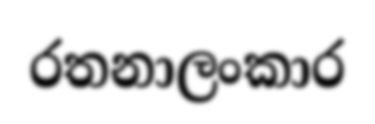
රතනාලංකාර